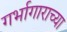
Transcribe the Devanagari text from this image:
गर्भागाराच्या